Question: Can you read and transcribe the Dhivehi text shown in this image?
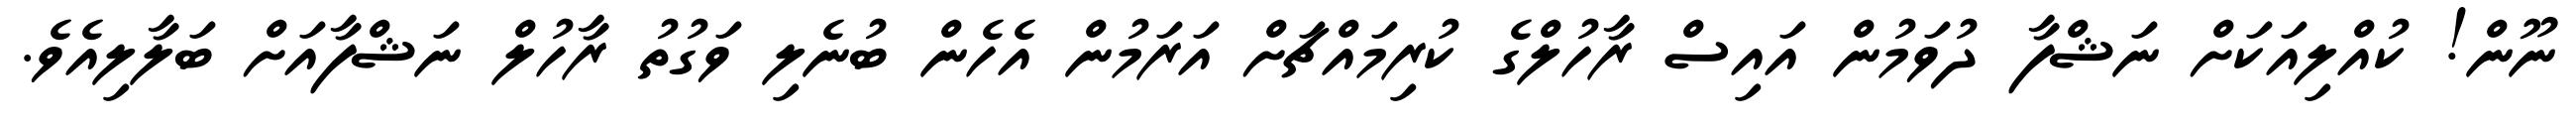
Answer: ނޫން! ކުއްލިއަކަށް ނަޝްފާ ދުވަމުން އައިސް ރާހުލްގެ ކުރިމައްޗަށް އަރަމުން އެހެން ބުނެލި ވަގުތު ރާހުލް ނަޝްފާއަށް ބަލާލިއެވެ.